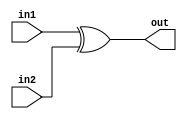
module xor2 (in1,in2,out);
input in1,in2;
output out;
assign out = in1 ^ in2;
endmodule